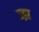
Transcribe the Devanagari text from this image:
ज्झ